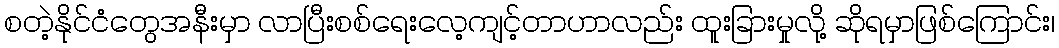
စတဲ့နိုင်ငံတွေအနီးမှာ လာပြီးစစ်ရေးလေ့ကျင့်တာဟာလည်း ထူးခြားမှုလို့ ဆိုရမှာဖြစ်ကြောင်း၊